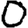
Digit: 0